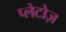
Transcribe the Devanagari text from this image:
प्लेटोज़